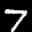
Label: 7